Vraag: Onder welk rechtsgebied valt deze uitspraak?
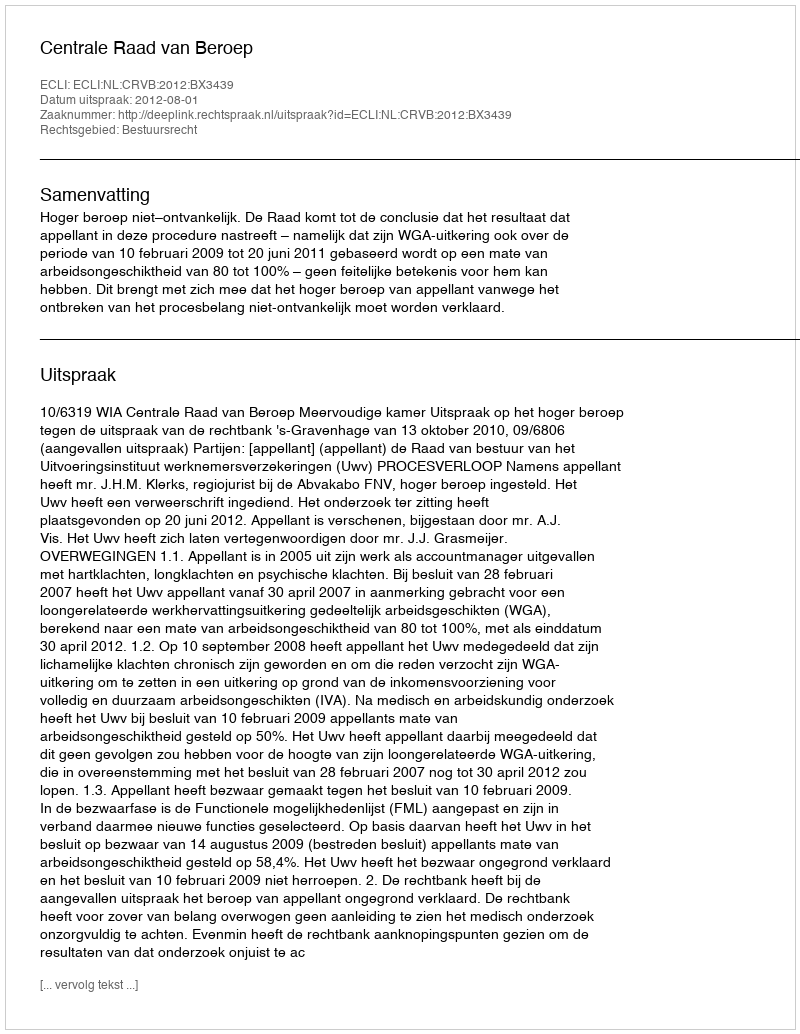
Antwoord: Bestuursrecht